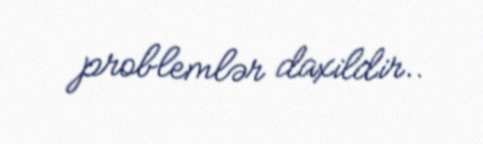
problemlər daxildir..